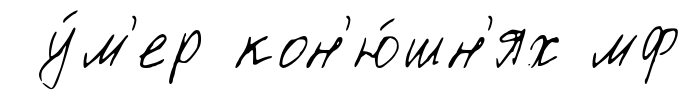
у́м'ер кон'ю́шн'ях мф